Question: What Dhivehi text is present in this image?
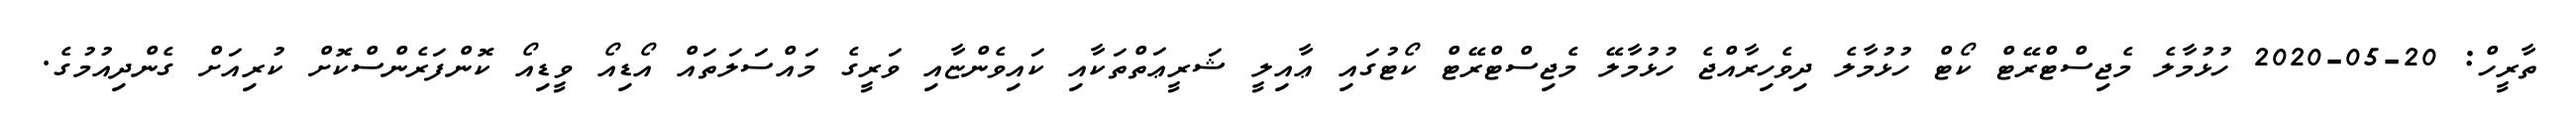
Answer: ތާރީހް: 20-05-2020 ހުޅުމާލެ މެޖިސްޓްރޭޓް ކޯޓް ހުޅުމާލެ ދިވެހިރާއްޖެ ހުޅުމާލޭ މެޖިސްޓްރޭޓް ކޯޓުގައި ޢާއިލީ ޝަރީޢަތްތަކާއި ކައިވެންޏާއި ވަރީގެ މައްސަލަތައް އޯޑިއޯ ވީޑިއޯ ކޮންފަރެންސްކޮށް ކުރިއަށް ގެންދިއުމުގެ.